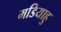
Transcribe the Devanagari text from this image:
मडियाहु